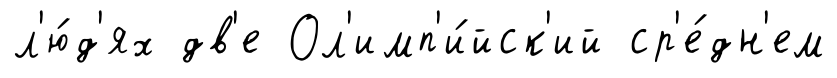
л'ю́д'ях дв'е Ол'имп'и́йск'ий ср'е́дн'ем